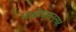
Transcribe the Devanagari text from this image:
साक्षीदारानुसार